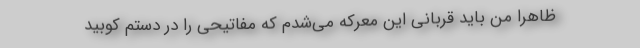
ظاهراً من باید قربانی این معرکه می‌شدم که مفاتیحی را در دستم کوبید